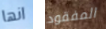
انها المفقود